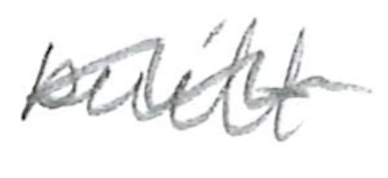
Text: built
Cross-out: wave
Writing tool: pencil